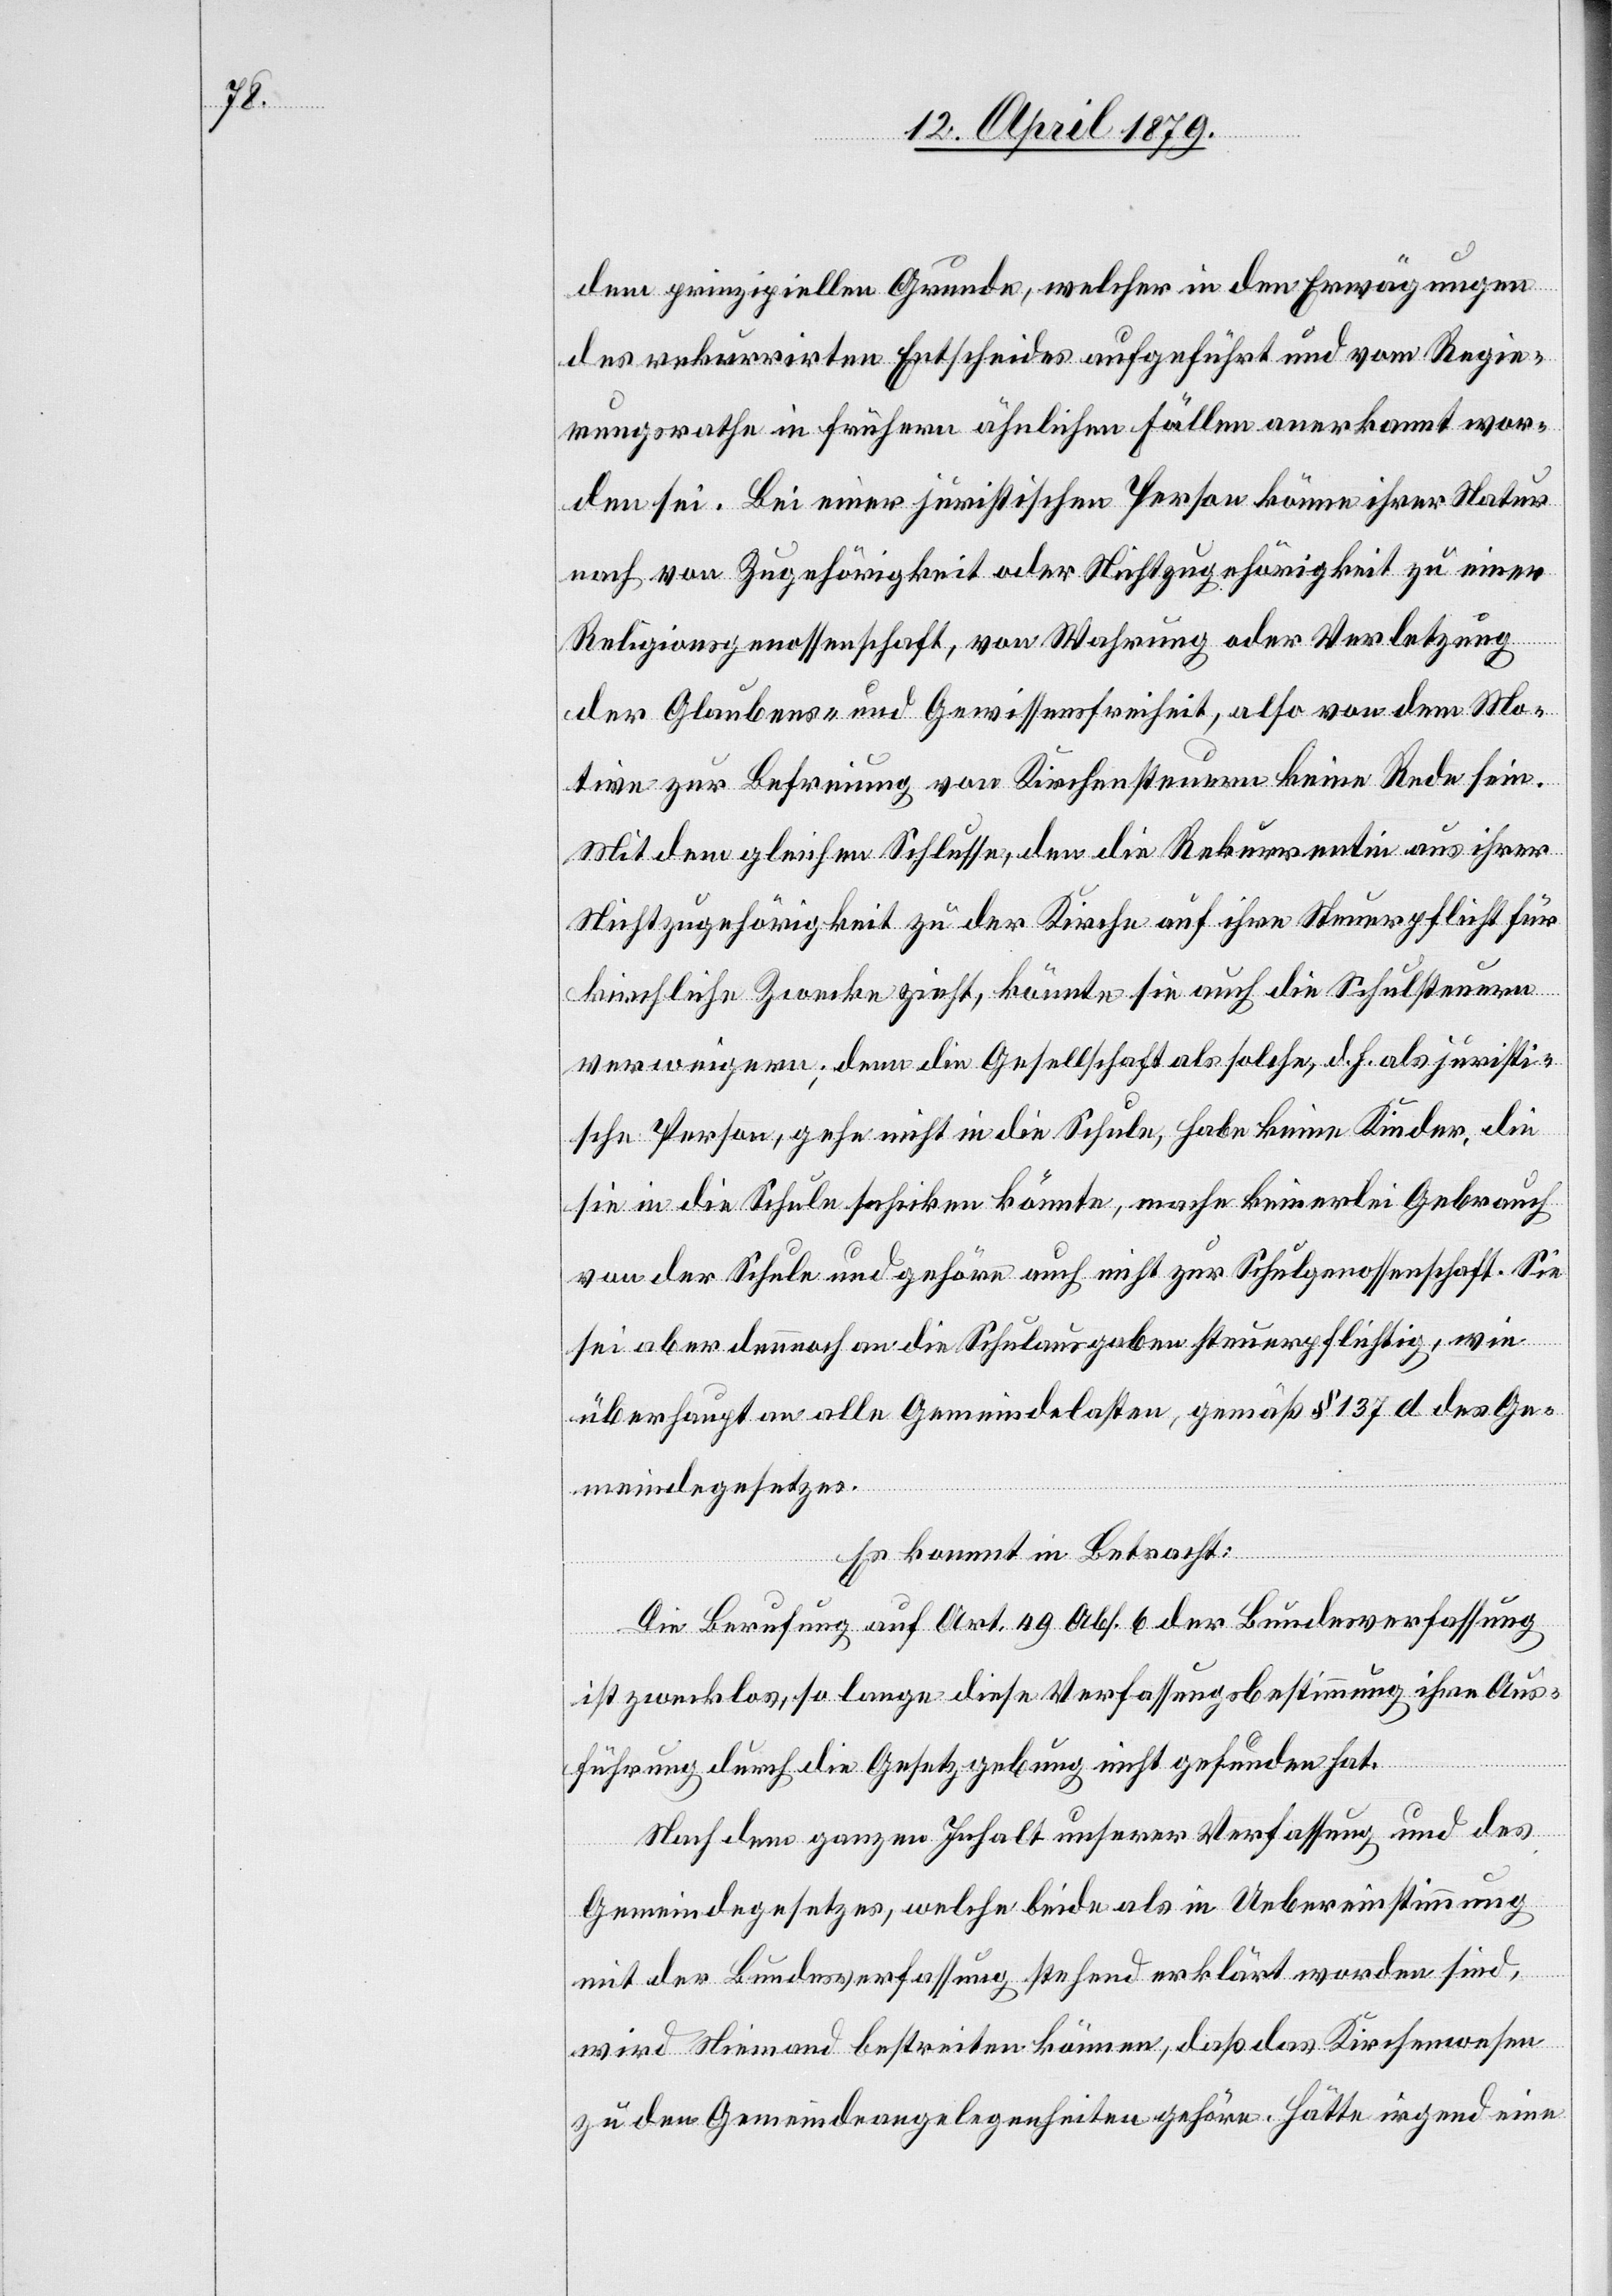
dem prinzipiellen Grunde, welcher in den Erwägungen
des rekurrirten Entscheides aufgeführt und vom Regie¬
rungsrathe in frühern ähnlichen Fällen anerkannt wor¬
den sei. Bei einer juristischen Person könne ihrer Natur
nach von Zugehörigkeit oder Nichtzugehörigkeit zu einer
Religionsgenossenschaft, von Wahrung oder Verletzung
der Glaubens- und Gewissensfreiheit, also von dem Mo¬
tive zur Befreiung von Kirchensteuern keine Rede sein.
Mit dem gleichen Schlusse, den die Rekurrentin aus ihrer
Nichtzugehörigkeit zu der Kirche auf ihre Steuerpflicht für
kirchliche Zwecke zieht, könnte sie auch die Schulsteuern
verweigern; denn die Gesellschaft als solche, d. h. als juristi¬
sche Person, gehe nicht in die Schule, habe keine Kinder, die
sie in die Schule schicken könnte, mache keinerlei Gebrauch
von der Schule und gehöre auch nicht zur Schulgenossenschaft. Sie
sei aber dennnoch an die Schulausgaben steuerpflichtig, wie
überhaupt an alle Gemeindelasten, gemäß § 137 d des Ge¬
meindegesetzes.
Es kommt in Betracht:
Die Berufung auf Art. 49 Abs. 6 der Bundesverfassung
ist zwecklos, so lange diese Verfassungsbestimmung ihre Aus¬
führung durch die Gesetzgebung nicht gefunden hat.
Nach dem ganzen Inhalt unserer Verfassung und des
Gemeindegesetzes, welche beide als in Uebereinstimmung
mit der Bundesverfassung stehend erklärt worden sind,
wird Niemand bestreiten können, daß das Kirchenwesen
zu den Gemeindeangelegenheiten gehöre. Hätte irgend eine